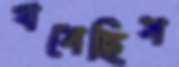
খসেছিস